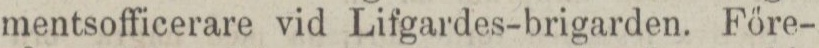
mentsofficerare vid Lifgardes-brigarden. Före-